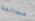
مسالمة